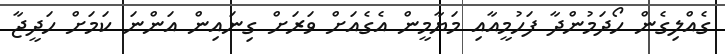
ގެއްލިގެން ހޯދަމުންދާ ފަހުމީއާއި މަޔާމީން އެގެއަށް ވަރަށް ގިނައިން އަންނަ ކަމަށް ހަދީޖާ